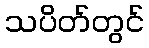
သပိတ်တွင်